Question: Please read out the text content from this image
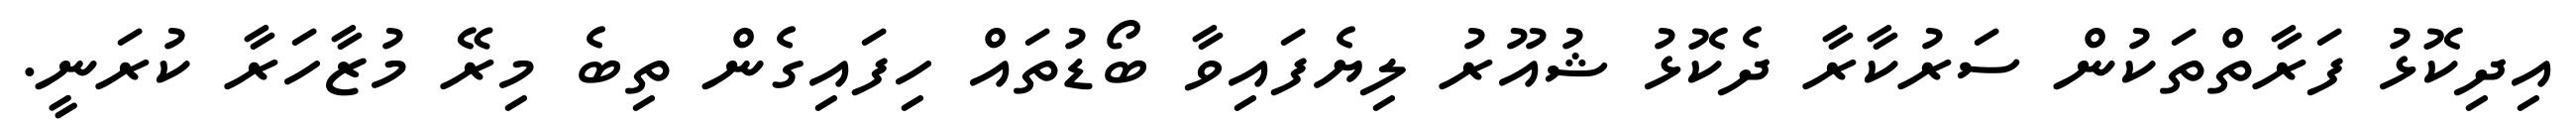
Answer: އިދިކޮޅު ފަރާތްތަކުން ސަރުކާރާ ދެކޮޅު ޝުއޫރު ލިޔެފައިވާ ބޯޑުތައް ހިފައިގެން ތިބެ މިރޭ މުޒާހަރާ ކުރަނީ.